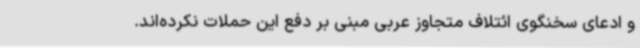
و ادعای سخنگوی ائتلاف متجاوز عربی مبنی بر دفع این حملات نکرده‌اند.